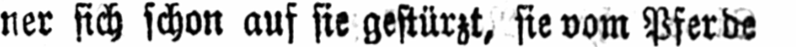
ner sich schon auf sie gestürzt, sie vom Pferde